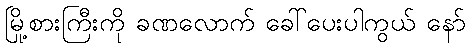
မြို့စားကြီးကို ခဏလောက် ခေါ်ပေးပါကွယ် နော်